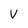
Character: V